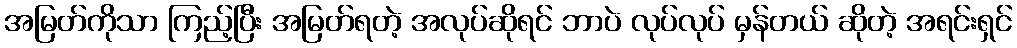
အမြတ်ကိုသာ ကြည့်ပြီး အမြတ်ရတဲ့ အလုပ်ဆိုရင် ဘာပဲ လုပ်လုပ် မှန်တယ် ဆိုတဲ့ အရင်းရှင်